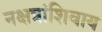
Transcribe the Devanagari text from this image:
नक्षत्रांशिवाय